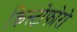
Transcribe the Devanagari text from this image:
क्रिस्टोफोरो